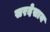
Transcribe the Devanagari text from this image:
सरदेसाय